画像に写った文字を読んでください
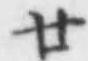
「廿」と書いてあります